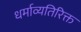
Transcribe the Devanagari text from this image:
धर्माव्यतिरिक्त